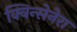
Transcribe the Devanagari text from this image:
क्विन्सेनेरा